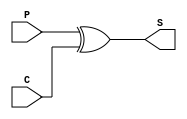
`timescale 1ns / 1ps
module summation_unit(S, P, C);
  // Ports are wires becasue we will use dataflow
  output wire [3:0] S; // sum vector
  input wire [3:0] P, C;

  // Summation Unit Logic
  assign S = P ^ C;
endmodule